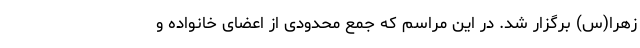
زهرا(س) برگزار شد. در این مراسم که جمع محدودی از اعضای خانواده و